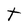
Character: t